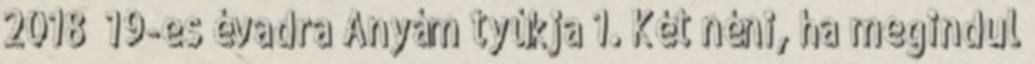
2018 19-es évadra Anyám tyúkja 1. Két néni, ha megindul